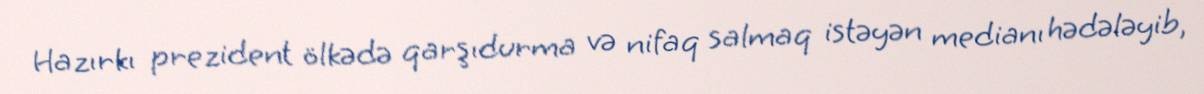
Hazırkı prezident ölkədə qarşıdurma və nifaq salmaq istəyən medianı hədələyib,